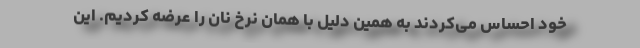
خود احساس می‌کردند به همین دلیل با همان نرخ نان را عرضه کردیم. این